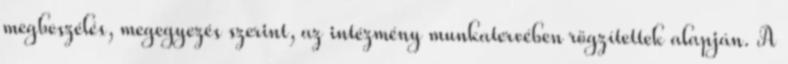
megbeszélés, megegyezés szerint, az intézmény munkatervében rögzítettek alapján. A